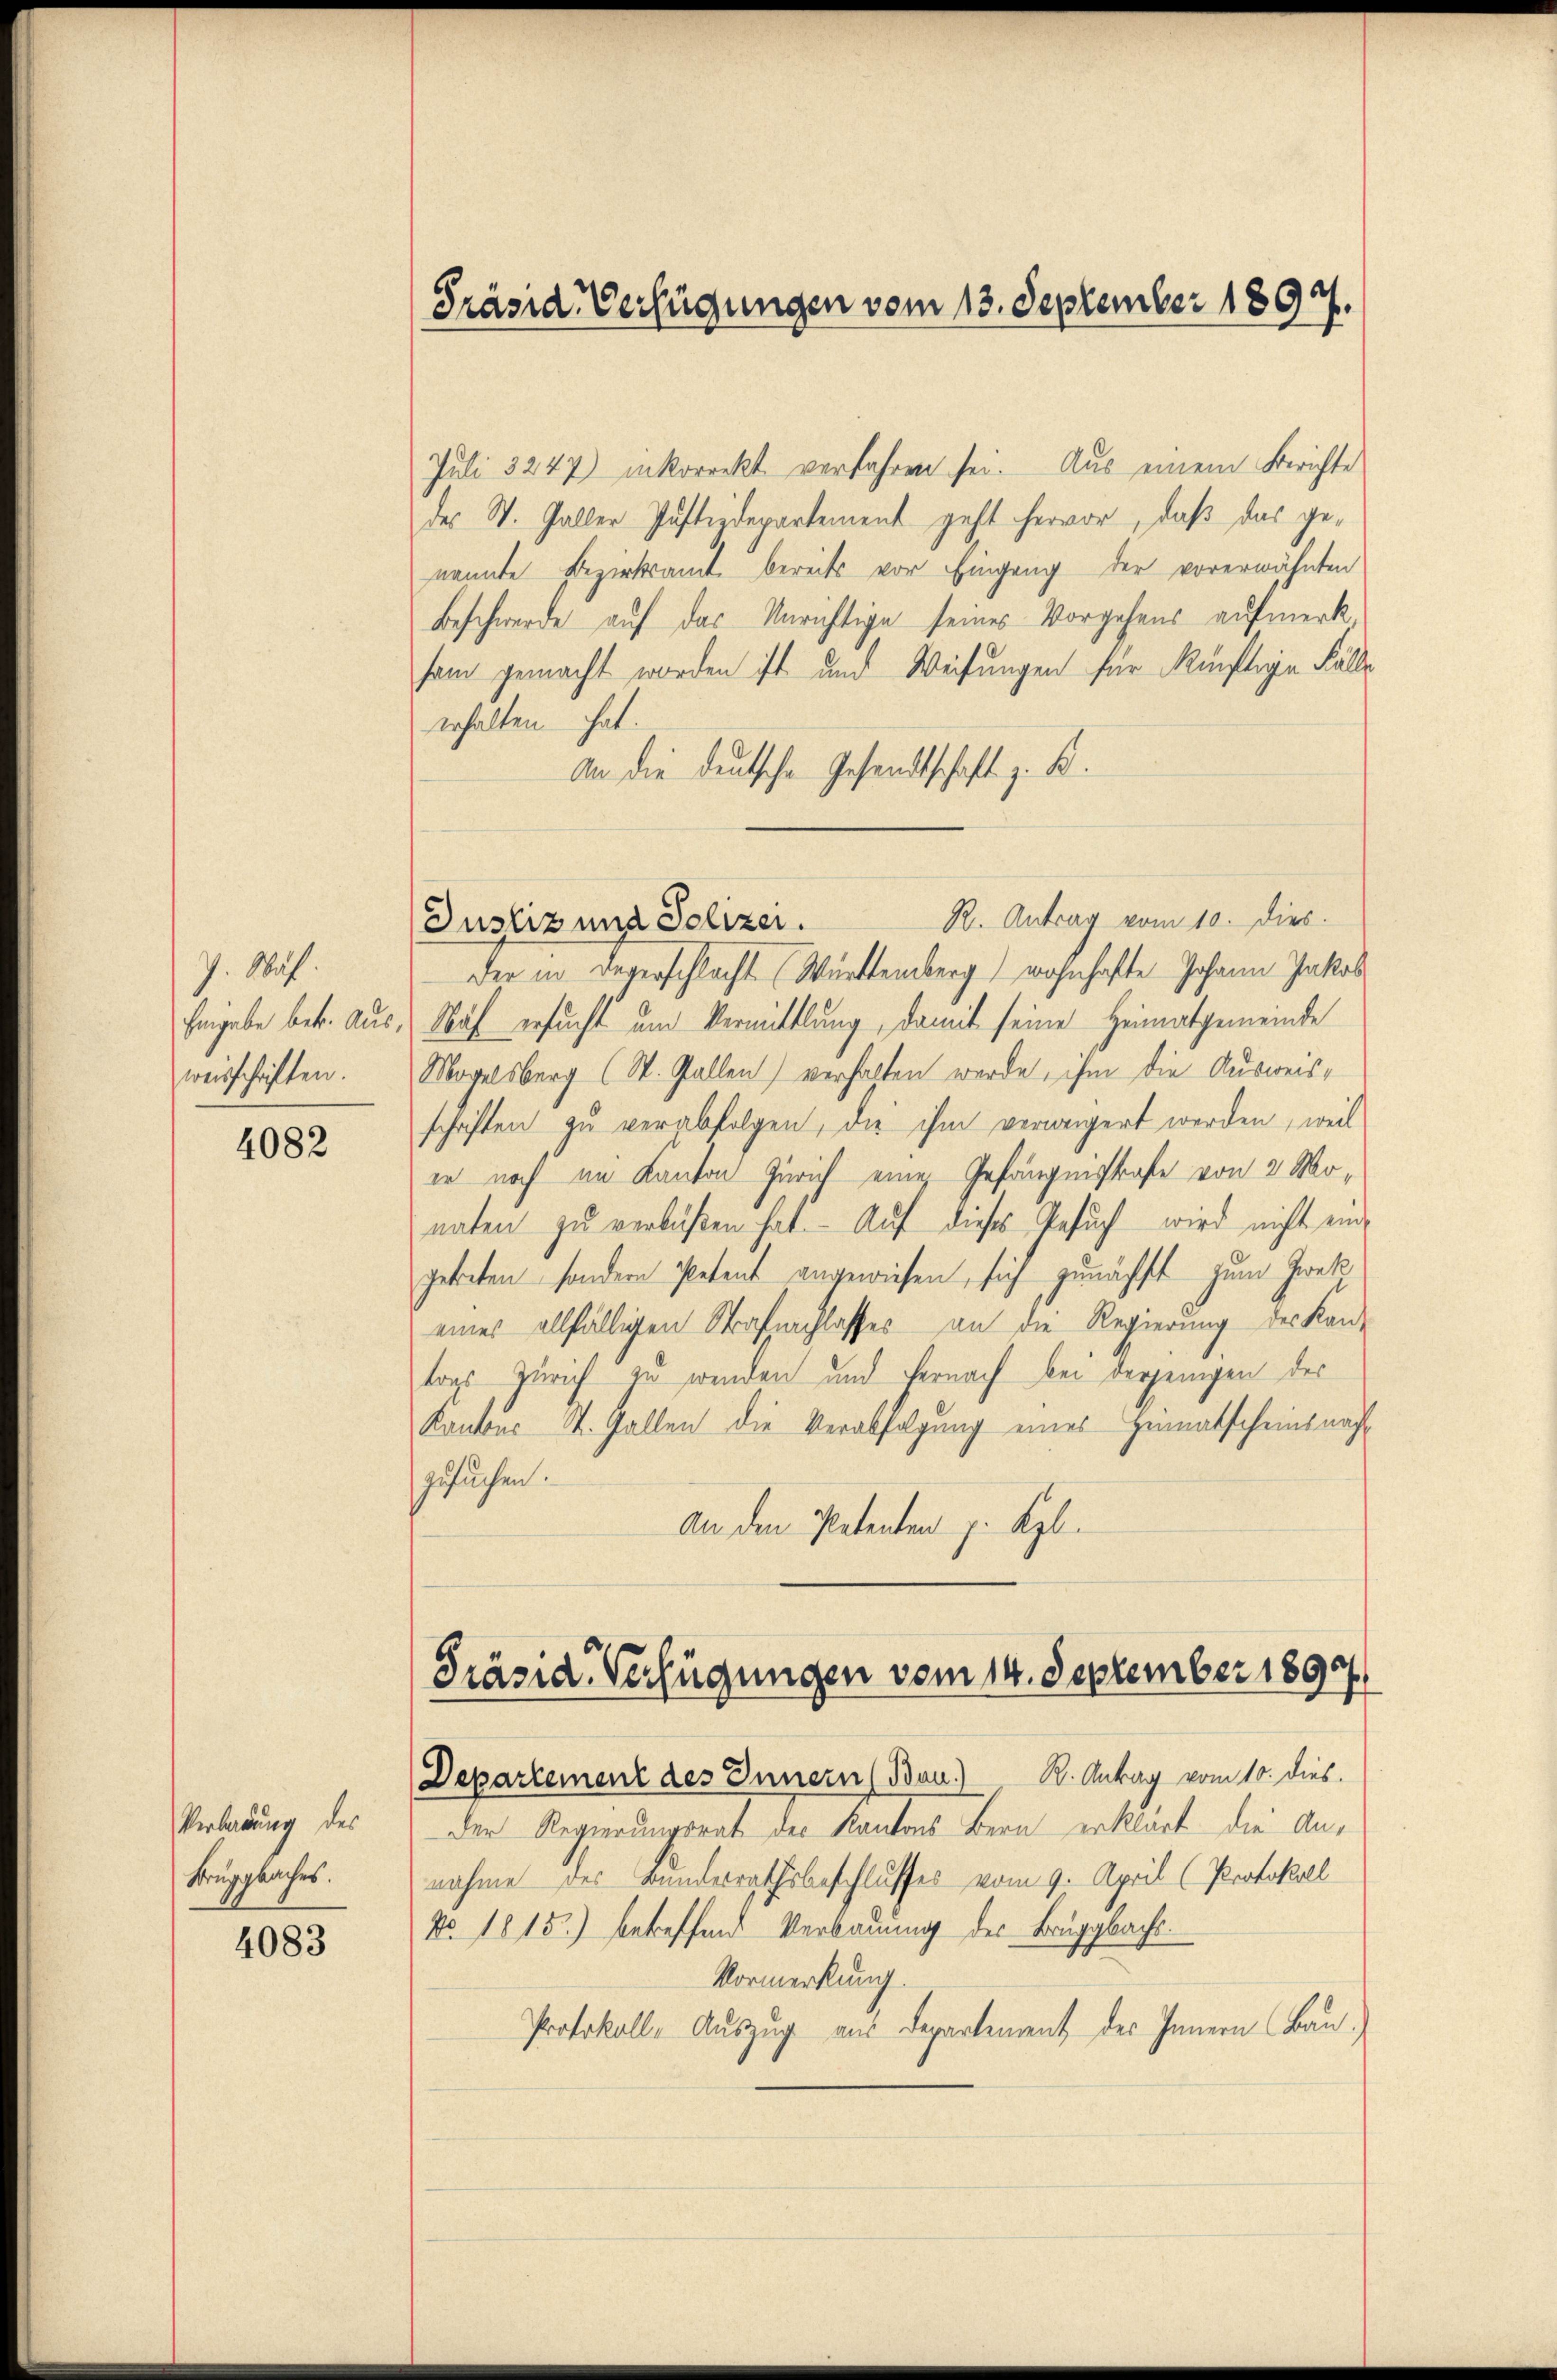
7. Wah
Eingabe betr. Ausweisschriften.

4082

Verladung des
Krugpbaches.

4083

Präsid. Verfügungen vom 13. September 1897.

Juli 3247) inkorrekt verfahren sei. Aus einem Berichte
des W. Galler Justizdepartement geht hervor, daß das genannte Bezirksamt bereits vor Eingang der vorerwähnten
Beschwerde auf das Unrichtige seines Vorgehens aufmerk
sam gemacht worden ist und Weisungen für künftige Fälle
erhalten hat.
An die deutsche Gesandtschaft z. B.
Justiz und Polizer. K. Antrag vom 10. dies.
der in Deverschlacht Württemberg wohnhafte Johann Jakob
Wuh ersucht um Vermittlung, damit seine Heimatgemeinde
Mogelsberg (St. Gallen) verhalten werde, ihm die Ausweisschriften zu verabfolgen, die ihm verweigert werden, weil
er noch im Kanton Zürich eine Gefängnistrafe von 2 Monaten zu verbüßen hat. Auf dieses Gesuch wird nicht eine
getreten, sondern Petent angewiesen, sich zunächst zum Zwek
eines allfälligen Strafnachlasses an die Regierung des Kan-
tons Zürich zu wenden und hernach bei derjenigen des
Kantons St. Gallen die Verabfolgung eines Heimatscheinsnacht
zusuchen.
An den Petenten p. Kgl.

Präsid. Verfügungen vom 14. September 1899
Departement des Innern (Bau) R. Antrag vom 10. dies.

Der Regierungsrat der Kantons Bern erklärt die Annahme des Bunderrathsbeschlusses vom 9. April (Protokoll
No. 1815) betreffend Verbauung des Bruggbacht.
Vormerkung.
Protokoll, Auszug aus Departement des Innern (Bau)